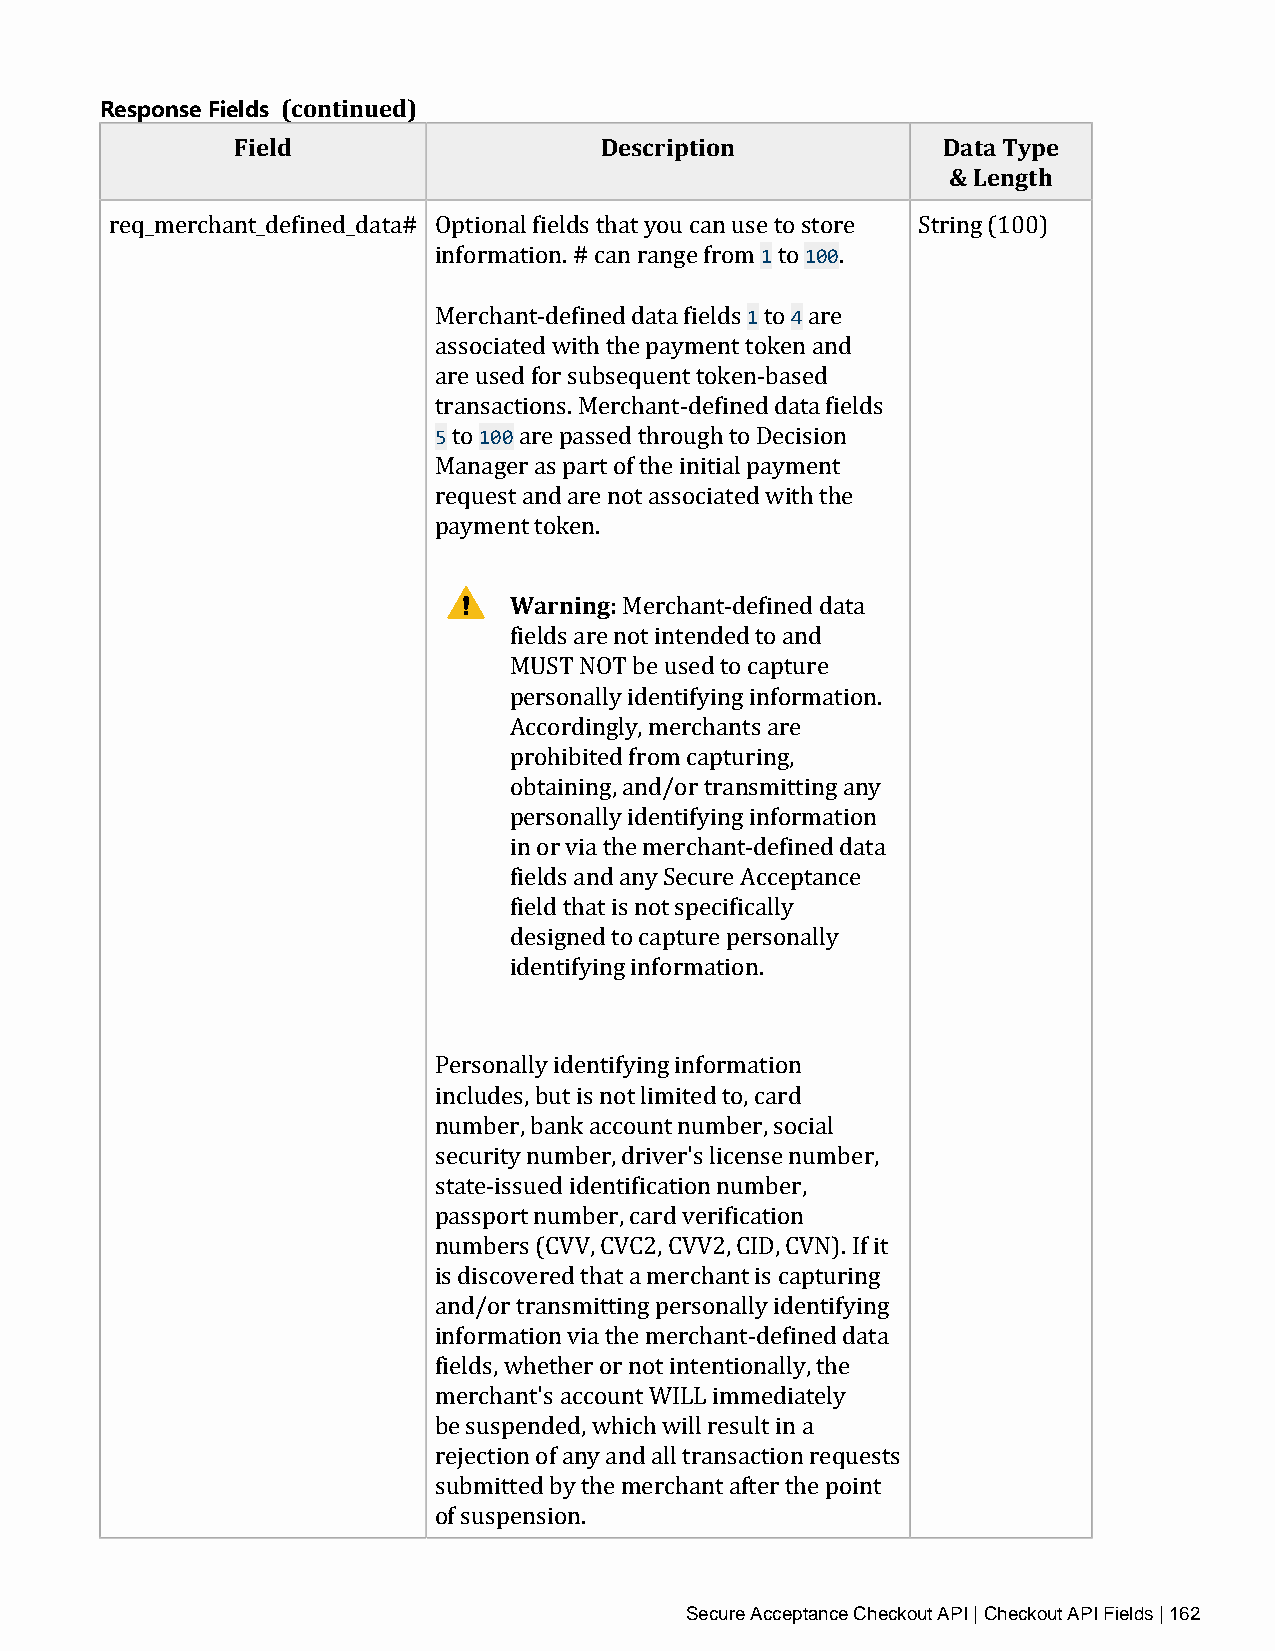
Response Fields (continued)
 Field                   Description           Data Type
 & Length
 1  100
 req_merchant_defined_data# Optional fields that you can use to store String (100)
 information. # can range from to .
 1  4
 Merchant‑defined data fields to are
 associated with the payment token and
 are used for subsequent token‑based
 5  100
 transactions. Merchant‑defined data fields
 to  are passed through to Decision
 Manager as part of the initial payment
 request and are not associated with the
 payment token.
 Warning:
 Merchant‑defined data
 fields are not intended to and
 MUST NOT be used to capture
 personally identifying information.
 Accordingly, merchants are
 prohibited from capturing,
 obtaining, and/or transmitting any
 personally identifying information
 in or via the merchant‑defined data
 fields and any Secure Acceptance
 field that is not specifically
 designed to capture personally
 identifying information.
 Personally identifying information
 includes, but is not limited to, card
 number, bank account number, social
 security number, driver's license number,
 state‑issued identification number,
 passport number, card verification
 numbers (CVV, CVC2, CVV2, CID, CVN). If it
 is discovered that a merchant is capturing
 and/or transmitting personally identifying
 information via the merchant‑defined data
 fields, whether or not intentionally, the
 merchant's account WILL immediately
 be suspended, which will result in a
 rejection of any and all transaction requests
 submitted by the merchant after the point
 of suspension.
 Secure Acceptance Checkout API | Checkout API Fields | 162